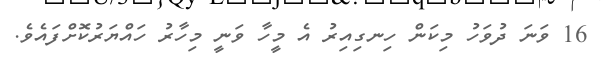
16 ވަނަ ދުވަހު މިކަން ހިނގިއިރު އެ މީހާ ވަނީ މިހާރު ހައްޔަރުކޮށްފައެވެ.